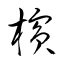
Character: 檳